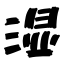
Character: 湿